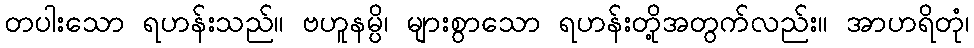
တပါးသော ရဟန်းသည်။ ဗဟူနမ္ပိ၊ များစွာသော ရဟန်းတို့အတွက်လည်း။ အာဟရိတုံ၊